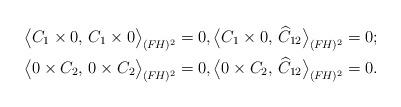
LaTeX: \begin{align*} &\big\langle C_1\times 0,\,C_1\times 0 \big\rangle_{(F\!H)^2}=0, \big\langle C_1\times 0,\, \widehat C_{12} \big\rangle_{(F\!H)^2}=0;\\ &\big\langle 0\times C_2,\, 0\times C_2 \big\rangle_{(F\!H)^2}=0, \big\langle 0\times C_2,\,\widehat C_{12} \big\rangle_{(F\!H)^2}=0.\end{align*}